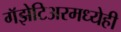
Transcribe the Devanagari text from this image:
गॅझेटिअरमध्येही